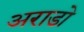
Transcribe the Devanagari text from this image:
अराडो